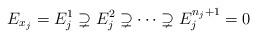
LaTeX: \begin{align*}E_{x_j} = E_j^1 \supsetneq E_j^2 \supsetneq \cdots \supsetneq E_j^{n_j+1}= 0\end{align*}